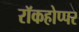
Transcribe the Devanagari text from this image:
रॉकहोप्पर